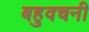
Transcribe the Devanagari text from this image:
बहुवचनी